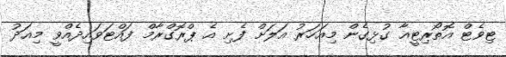
ޓިވެޓް އޮތޯރިޓީއާ ގުޅިގެން މިއަހަރު އަލަށް ފެށި އެ ޕްރޮގްރާމް ފައްޓަވައިދެއްވީ މިއަދު